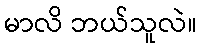
မာလိ ဘယ်သူလဲ။